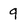
Character: 9